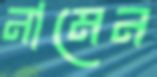
নামেন